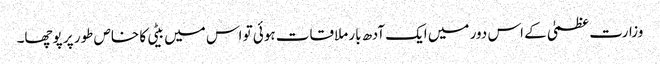
وزارت عظمیٰ کے اس دور میں ایک آدھ بار ملاقات ہوئی تو اس میں بیٹی کا خاص طور پر پوچھا۔